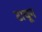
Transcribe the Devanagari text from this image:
टाचून